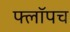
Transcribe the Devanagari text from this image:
फ्लॉपच